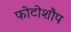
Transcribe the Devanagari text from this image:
फोटोशौप